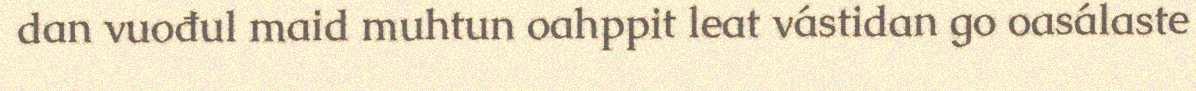
dan vuođul maid muhtun oahppit leat vástidan go oasálaste